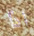
اذا